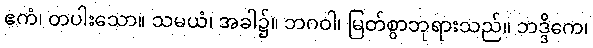
ဧကံ၊ တပါးသော။ သမယံ၊ အခါ၌။ ဘဂဝါ၊ မြတ်စွာဘုရားသည်။ ဘဒ္ဒိကေ၊